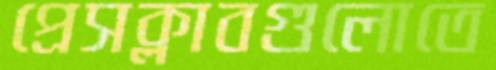
প্রেসক্লাবগুলোতে